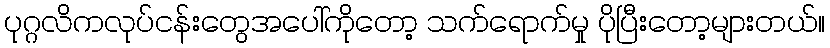
ပုဂ္ဂလိကလုပ်ငန်းတွေအပေါ်ကိုတော့ သက်ရောက်မှု ပိုပြီးတော့များတယ်။